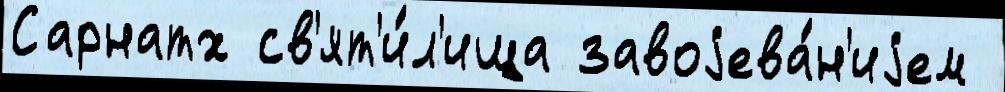
Сарнатх св'ят'и́л'ища завоjева́н'иjем